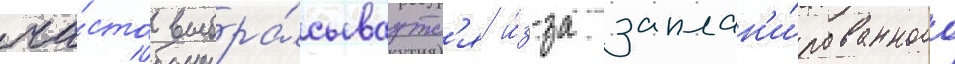
ча́сто выбра́сываутс'я и́з-за заплан'и́рованного